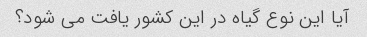
آیا این نوع گیاه در این کشور یافت می شود؟